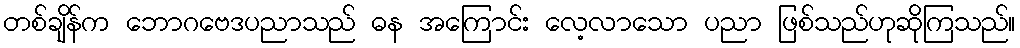
တစ်ချိန်က ဘောဂဗေဒပညာသည် ဓန အကြောင်း လေ့လာသော ပညာ ဖြစ်သည်ဟုဆိုကြသည်။